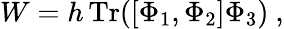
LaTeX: W=h\, \mathrm{Tr}([\Phi_{1},\Phi_{2}]\Phi_{3})\ ,